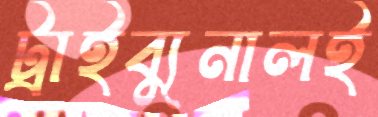
ট্রাইব্যুনালই